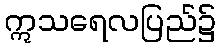
ဣသရေလပြည်၌